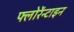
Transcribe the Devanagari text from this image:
फ्लोरेंन्टाइन